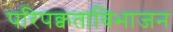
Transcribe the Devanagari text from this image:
परिपक्वताविभाजन